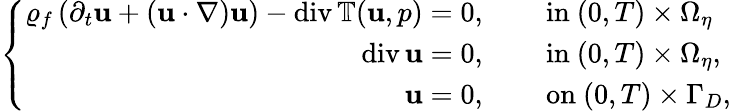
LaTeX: \left\{ \begin{array}{rl}{\varrho_{f}\left(\partial_{t}\mathbf{u}+(\mathbf{u}\cdot\nabla)\mathbf{u}\right)-\mathrm{div}\, \mathbb{T}(\mathbf{u},p)=0,}&{\quad\mathrm{~in~}(0,T)\times\Omega_{\eta}}\\ {\mathrm{div}\, \mathbf{u}=0,}&{\quad\mathrm{~in~}(0,T)\times\Omega_{\eta},}\\ {\mathbf{u}=0,}&{\quad\mathrm{~on~}(0,T)\times\Gamma_{D},}\end{array}\right.